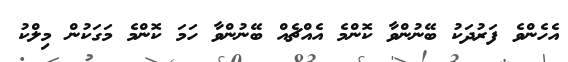
އެހެންވެ ފަރުދަކު ބޭނުންވާ ކޮންމެ އެއްޗެއް ބޭނުންވާ ހަމަ ކޮންމެ މަގަކުން މިލްކު